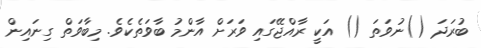
ބުރަދަ ()ނުވަތަ () އަކީ ރާއްޖޭގައި ވަރަށް އާންމު ބާވަތެކެވެ. މިބާވަތް ގިނައިން